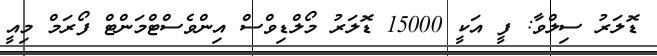
ޑޮލަރު ސިލްވާ: ފީ އަކީ 15000 ޑޮލަރު މޯލްޑިވްސް އިންވެސްޓްމަންޓް ފޯރަމް މިއީ